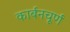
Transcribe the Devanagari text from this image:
कार्बनचूर्ण